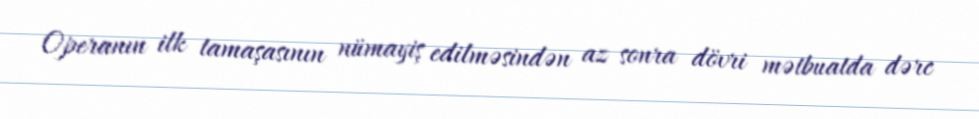
Operanın ilk tamaşasının nümayiş edilməsindən az sonra dövri mətbuatda dərc